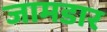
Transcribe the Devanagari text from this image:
जामडार